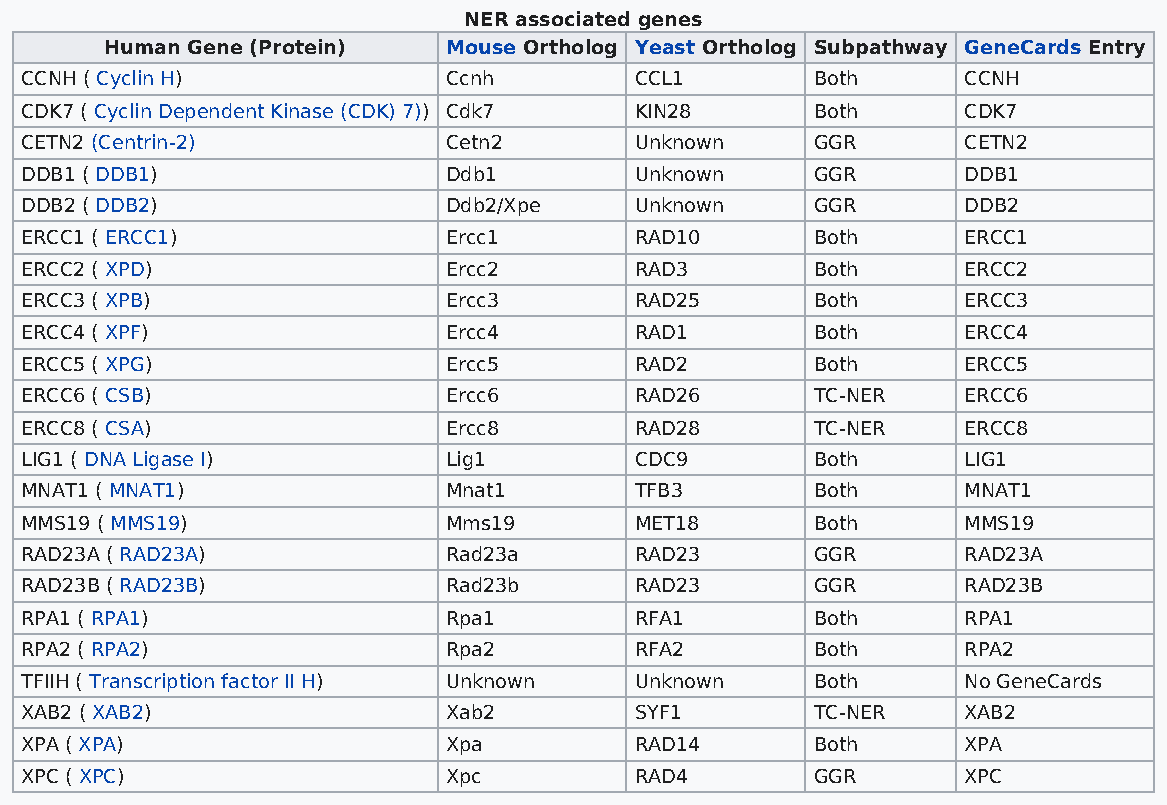
NER associated genes
 Human Gene (Protein)  Mouse Ortholog Yeast Ortholog Subpathway GeneCards Entry
 CCNH ( Cyclin H)            Ccnh         CCL1        Both      CCNH
 CDK7 ( Cyclin Dependent Kinase (CDK) 7)) Cdk7 KIN28  Both      CDK7
 CETN2 (Centrin-2)           Cetn2        Unknown     GGR       CETN2
 DDB1 ( DDB1)                Ddb1         Unknown     GGR       DDB1
 DDB2 ( DDB2)                Ddb2/Xpe     Unknown     GGR       DDB2
 ERCC1 ( ERCC1)              Ercc1        RAD10       Both      ERCC1
 ERCC2 ( XPD)                Ercc2        RAD3        Both      ERCC2
 ERCC3 ( XPB)                Ercc3        RAD25       Both      ERCC3
 ERCC4 ( XPF)                Ercc4        RAD1        Both      ERCC4
 ERCC5 ( XPG)                Ercc5        RAD2        Both      ERCC5
 ERCC6 ( CSB)                Ercc6        RAD26       TC-NER    ERCC6
 ERCC8 ( CSA)                Ercc8        RAD28       TC-NER    ERCC8
 LIG1 ( DNA Ligase I)        Lig1         CDC9        Both      LIG1
 MNAT1 ( MNAT1)              Mnat1        TFB3        Both      MNAT1
 MMS19 ( MMS19)              Mms19        MET18       Both      MMS19
 RAD23A ( RAD23A)            Rad23a       RAD23       GGR       RAD23A
 RAD23B ( RAD23B)            Rad23b       RAD23       GGR       RAD23B
 RPA1 ( RPA1)                Rpa1         RFA1        Both      RPA1
 RPA2 ( RPA2)                Rpa2         RFA2        Both      RPA2
 TFIIH ( Transcription factor II H) Unknown Unknown   Both      No GeneCards
 XAB2 ( XAB2)                Xab2         SYF1        TC-NER    XAB2
 XPA ( XPA)                  Xpa          RAD14       Both      XPA
 XPC ( XPC)                  Xpc          RAD4        GGR       XPC